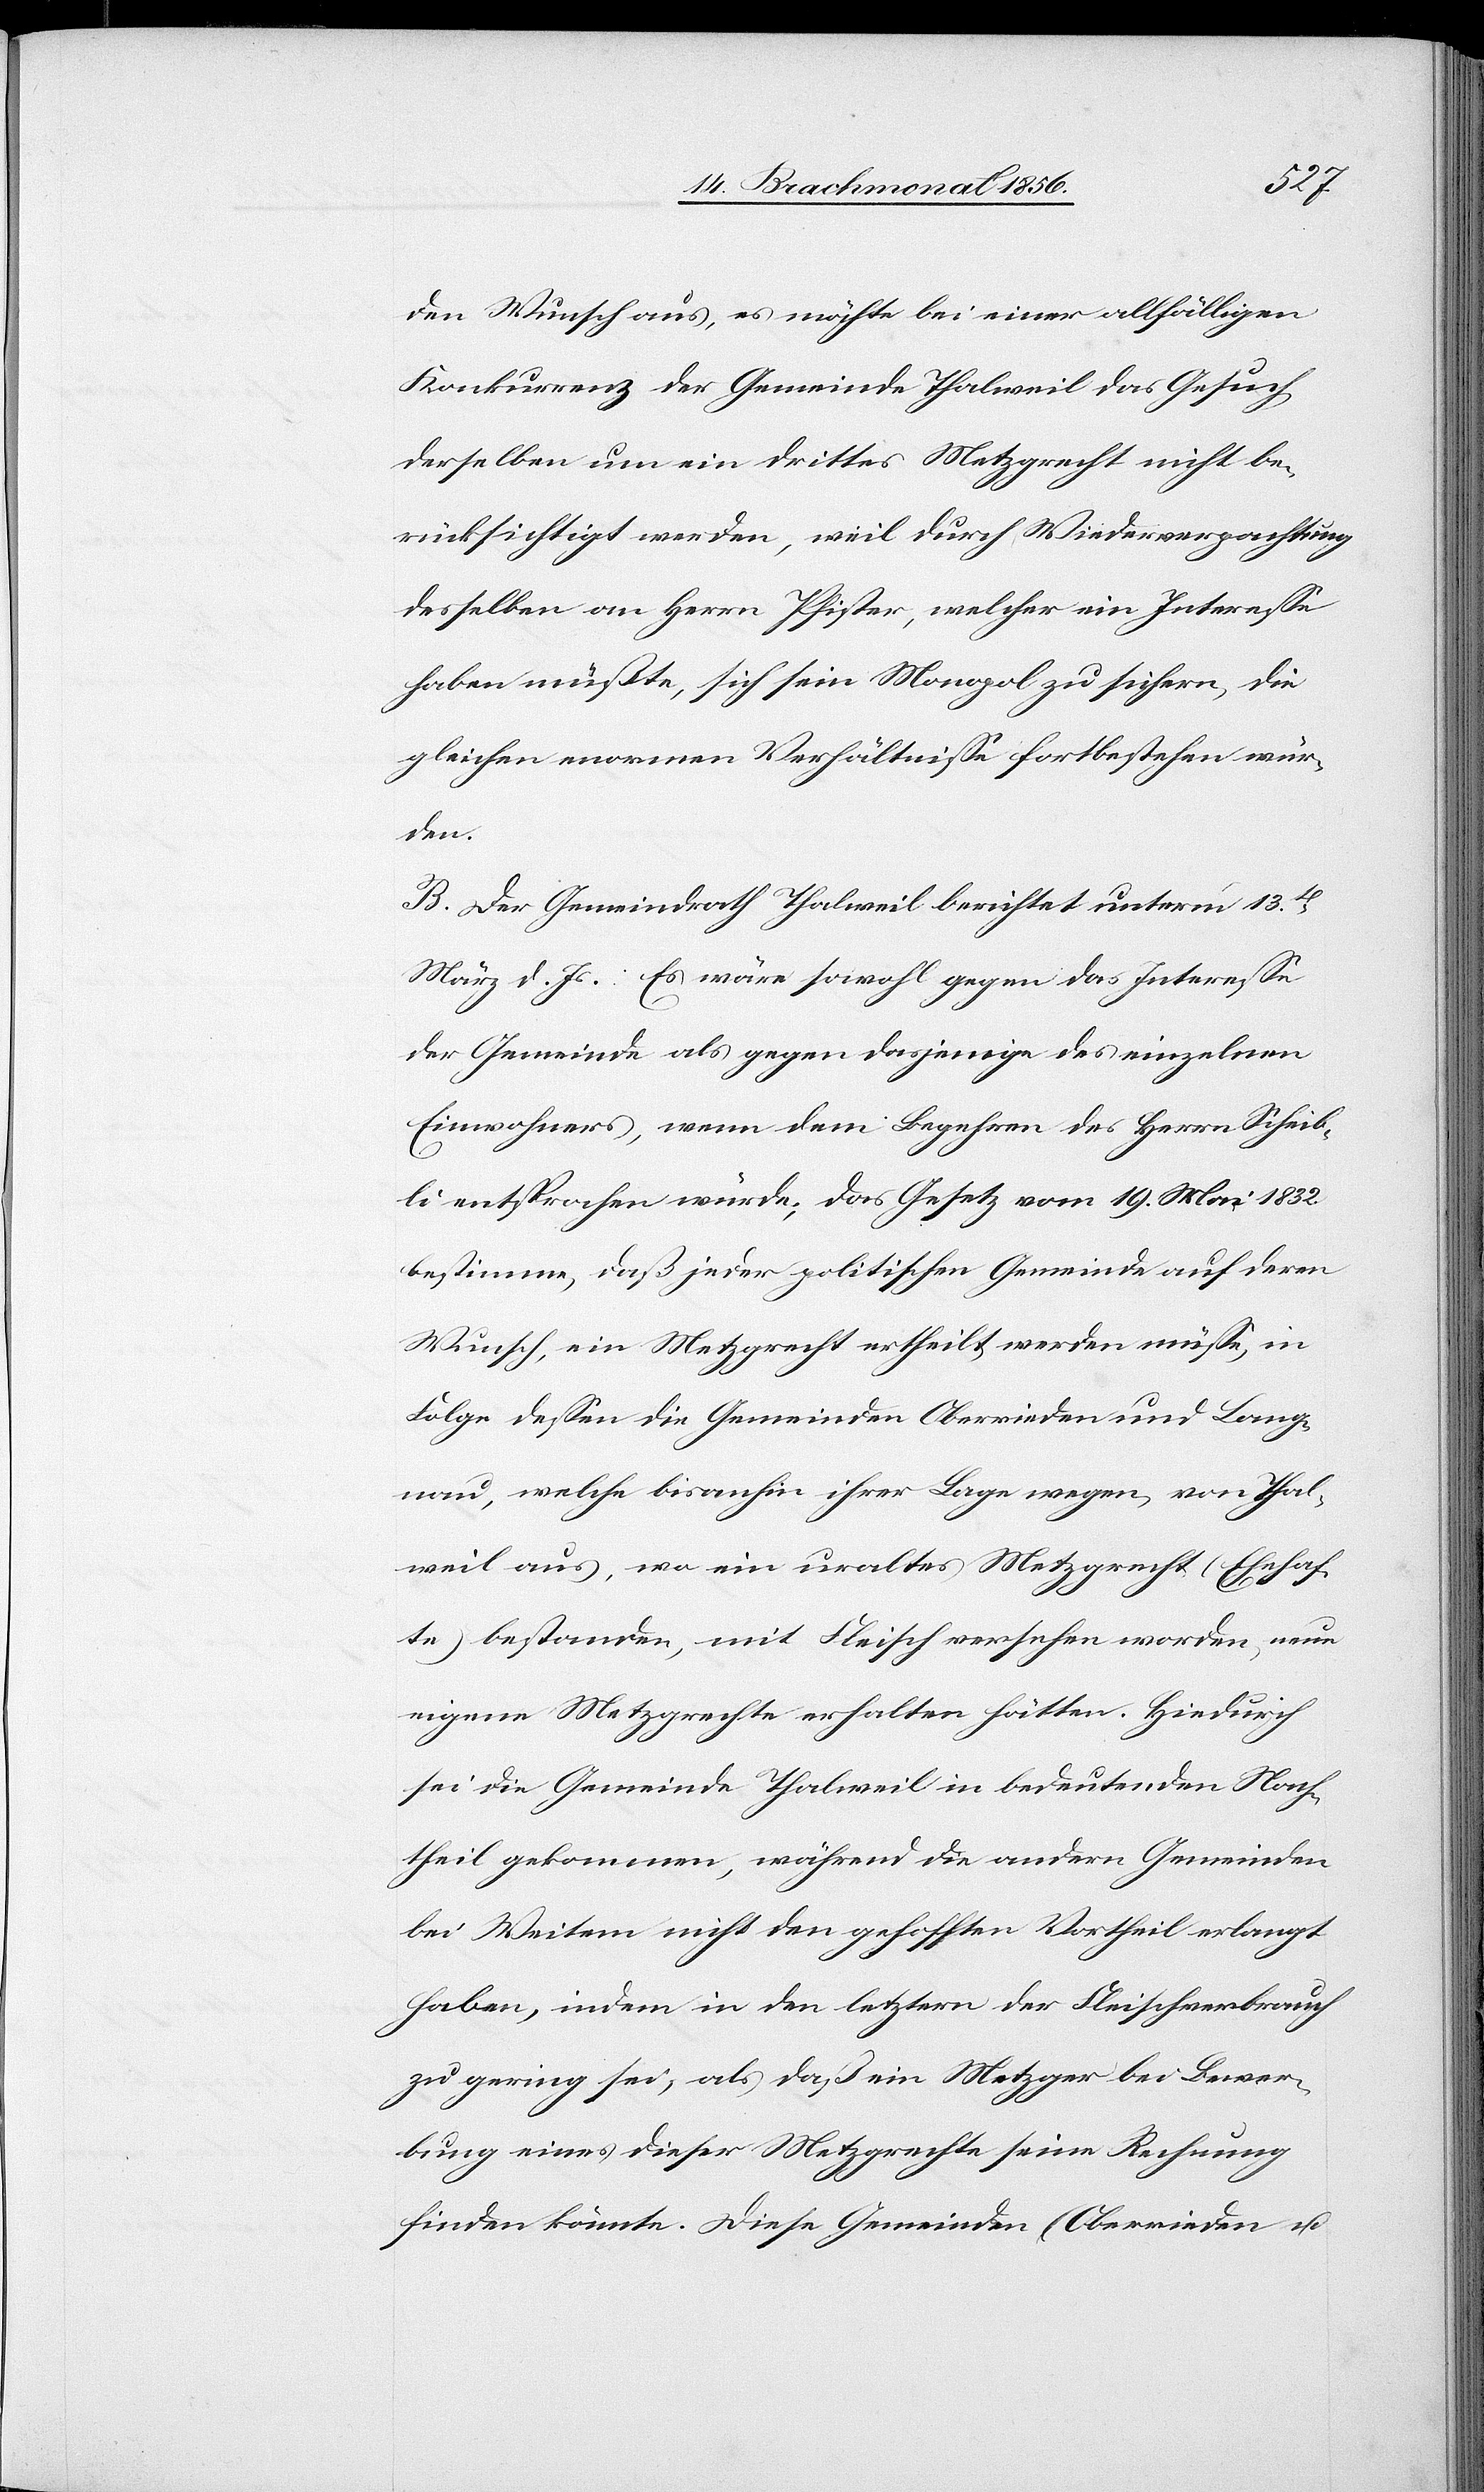
den Wunsch aus, es möchte bei einer allfälligen
Konkurrenz der Gemeinde Thalweil das Gesuch
derselben um ein drittes Metzgrecht nicht be¬
rücksichtigt werden, weil durch Wiederverpachtung
desselben an Herrn Pfister, welcher ein Interesse
haben müßte, sich sein Monopol zu sichern, die
gleichen enormen Verhältnisse fortbestehen wür¬
den.
B. Der Gemeindrath Thalweil berichtet unterm 13t
März d. Js.: Es wäre sowohl gegen das Interesse
der Gemeinde als gegen dasjenige des einzelnen
Einwohners, wenn dem Begehren des Herrn Scheib¬
li entsprochen würde; das Gesetz vom 19. Mai 1832.
bestimme, daß jeder politischen Gemeinde auf deren
Wunsch, ein Metzgrecht ertheilt werden müsse, in
Folge dessen die Gemeinden Oberrieden und Lang¬
nau, welche bisanhin ihrer Lage wegen, von Thal¬
weil aus, wo ein uraltes Metzgrecht (Ehehaf¬
te) bestanden, mit Fleisch versehen worden, neue
eigene Metzgrechte erhalten hätten. Hiedurch
sei die Gemeinde Thalweil in bedeutenden Nach¬
theil gekommen, während die andern Gemeinden
bei Weitem nicht den gehofften Vortheil erlangt
haben, indem in den letztern der Fleischverbrauch
zu gering sei, als daß ein Metzger bei Bewer¬
bung eines dieser Metzgrechte seine Rechnung
finden könnte. Diese Gemeinden (Oberrieden u.